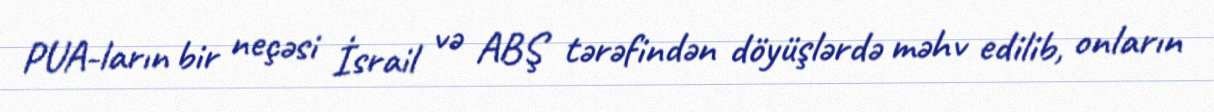
PUA-ların bir neçəsi İsrail və ABŞ tərəfindən döyüşlərdə məhv edilib, onların